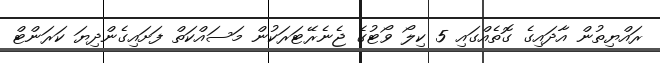
ރައްޔިތުން އާދައިގެ ގޮތެއްގައި 5 ކިލޯ ވޯޓުގެ ޖެނެރޭޓަރަކުން މަސައްކަތް ފަށައިގެންދިޔަ ކަރަންޓް